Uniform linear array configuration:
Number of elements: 16
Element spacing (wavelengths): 0.75
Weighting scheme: hann
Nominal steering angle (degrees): -45
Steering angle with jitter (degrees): -44.275
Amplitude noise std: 0.05
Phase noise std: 0.05

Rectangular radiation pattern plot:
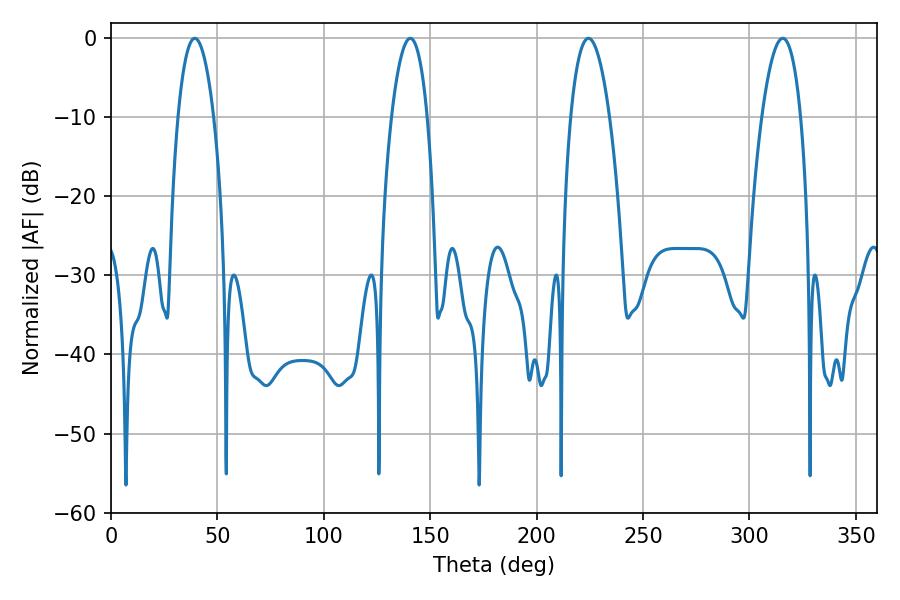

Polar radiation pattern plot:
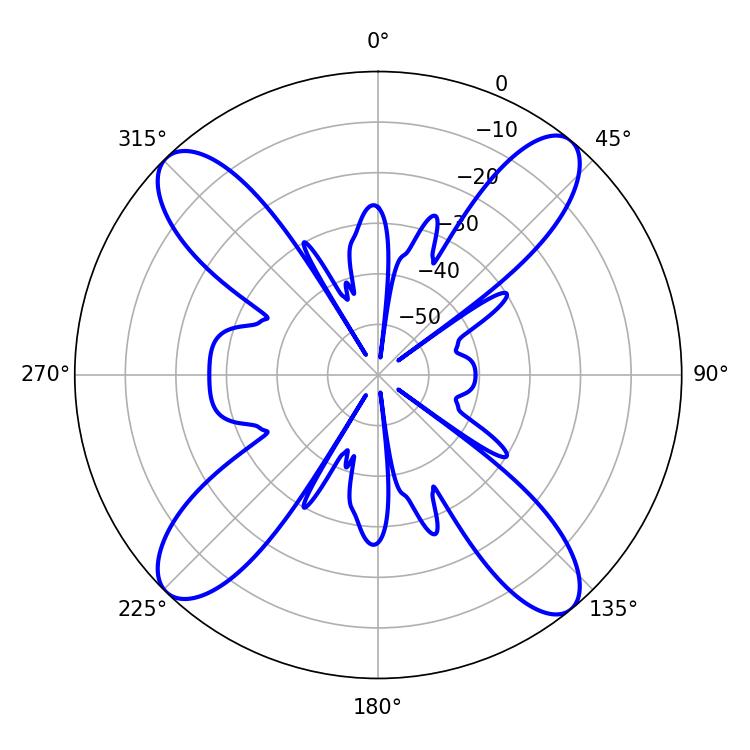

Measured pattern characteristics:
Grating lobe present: TRUE
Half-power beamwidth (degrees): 9.36
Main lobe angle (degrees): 39.42